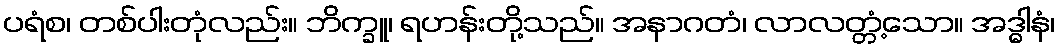
ပရံစ၊ တစ်ပါးတုံလည်း။ ဘိက္ခူ၊ ရဟန်းတို့သည်။ အနာဂတံ၊ လာလတ္တံ့သော။ အဒ္ဓါနံ၊